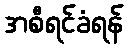
အစီရင်ခံရန်